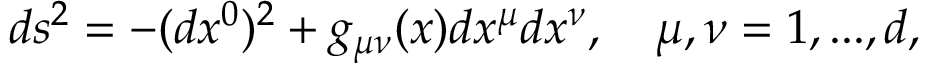
d s ^ { 2 } = - ( d x ^ { 0 } ) ^ { 2 } + g _ { \mu \nu } ( x ) d x ^ { \mu } d x ^ { \nu } , \quad \mu , \nu = 1 , . . . , d ,